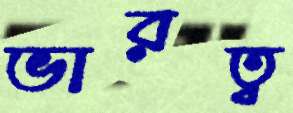
ভারত্ব